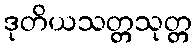
ဒုတိယသတ္တသုတ္တ